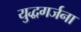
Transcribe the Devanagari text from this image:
युद्धगर्जना